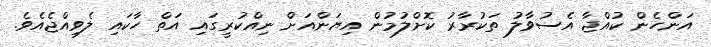
އަންހެން ކުއްޖާ އެސުވާލު ތަކުރާރު ކޮށްލުމުން އިޔަންއަށް ނިއްކުރީގައި އަތް ހާކައި ލެވިއްޖެއެވެ.